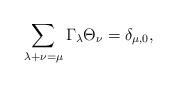
LaTeX: \begin{align*} \sum_{\lambda+\nu=\mu}\Gamma_\lambda\Theta_\nu = \delta_{\mu,0},\end{align*}